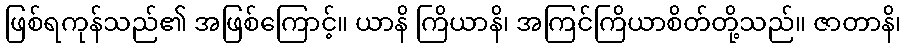
ဖြစ်ရကုန်သည်၏ အဖြစ်ကြောင့်။ ယာနိ ကြိယာနိ၊ အကြင်ကြိယာစိတ်တို့သည်။ ဇာတာနိ၊